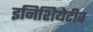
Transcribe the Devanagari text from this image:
इनिशियेटीव